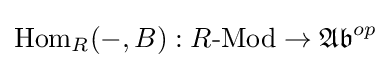
\operatorname {Hom} _{R}(-,B):R{\text{-Mod}}\to {\mathfrak {Ab}}^{op}